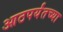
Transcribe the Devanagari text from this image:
आठपर्यंतच्या